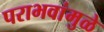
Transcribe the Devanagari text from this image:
पराभवांमुळे